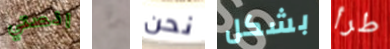
انصتي شئ نحن بشكل طرأ